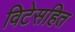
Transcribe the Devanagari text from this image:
विटेसहित